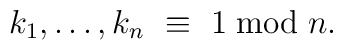
k_1,\ldots,k_n \ \equiv \ 1 \bmod n.